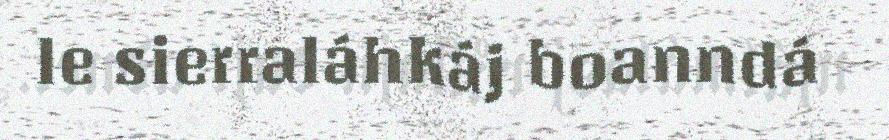
le sierraláhkáj boanndá